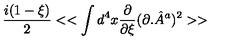
\frac { i ( 1 - \xi ) } { 2 } < < \int d ^ { 4 } x \frac { \partial } { \partial \xi } ( \partial . { \hat { A } } ^ { a } ) ^ { 2 } > >